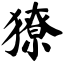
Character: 獠